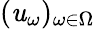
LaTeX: (\mathit{u}_{\omega})_{\omega\in\Omega}